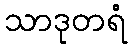
သာဒုတရံ